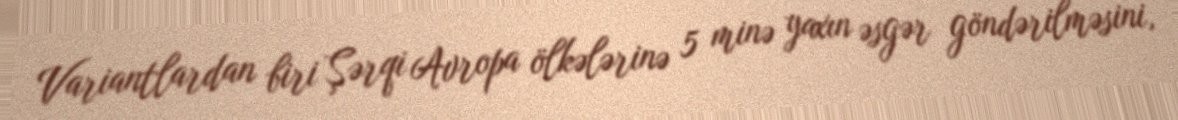
Variantlardan biri Şərqi Avropa ölkələrinə 5 minə yaxın əsgər göndərilməsini,